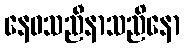
နေဝသညီနာသညိနော